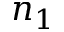
n _ { 1 }